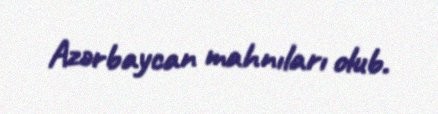
Azərbaycan mahnıları olub.